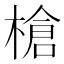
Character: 槍